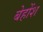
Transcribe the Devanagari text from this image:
बेहोंश